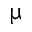
\upmu